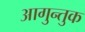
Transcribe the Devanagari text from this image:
आगुन्तुक